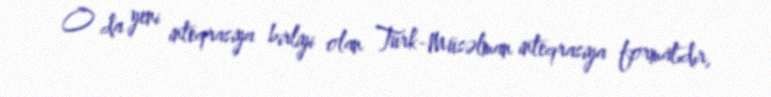
O da yeni inteqrasiya birliyi olan Türk-Müsəlman inteqrasiya formatıdır,